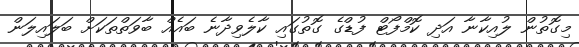
މިގޮތުން ލުއިކާނާ އަދި ކޮމްފޯޓް ފުޑްގެ ގޮތުގައި ކާލެވިދާނެ ބައެއް ބާވަތްތަކަށް ބަލައިލަން